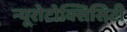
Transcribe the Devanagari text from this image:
न्यूरोटोक्सिसिटी